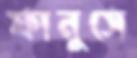
ফানুসে